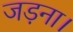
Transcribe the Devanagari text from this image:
जड़ना।